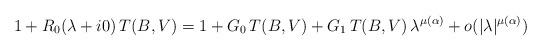
LaTeX: \begin{align*}1+R_0(\lambda+i0)\, T(B,V)= 1+G_0\, T(B,V) + G_1\, T(B,V)\, \lambda^{\mu(\alpha)} + o(|\lambda|^{\mu(\alpha)})\end{align*}